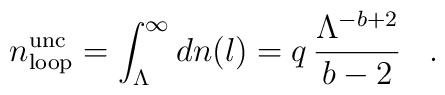
n_{\rm loop}^{\rm unc}=\int_{\Lambda}^{\infty}dn(l)=q\,\frac{\Lambda^{-b+2}}{b-2}\,\,\,\,\,.\,\,\,\,\,